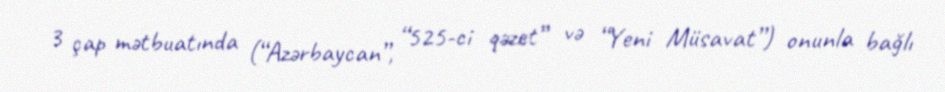
3 çap mətbuatında (“Azərbaycan”, “525-ci qəzet” və “Yeni Müsavat”) onunla bağlı